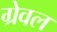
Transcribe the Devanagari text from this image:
ग्रेवल